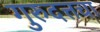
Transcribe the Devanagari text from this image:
गुरुदत्तचा